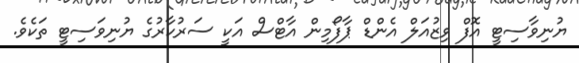
ޔުނިވާސިޓީ އޮފް ވިޒުއަލް އެންޑް ޕާފޯމިން އާޓްސް އަކީ ސަރުކާރުގެ ޔުނިވަސިޓީ ތަކެވެ.